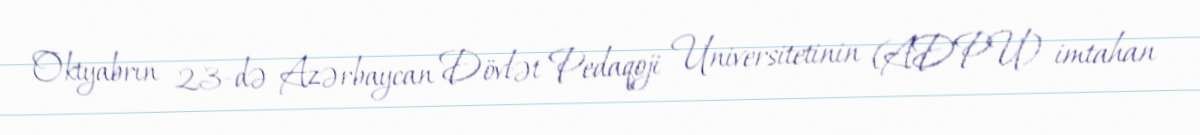
Oktyabrın 23-də Azərbaycan Dövlət Pedaqoji Universitetinin (ADPU) imtahan